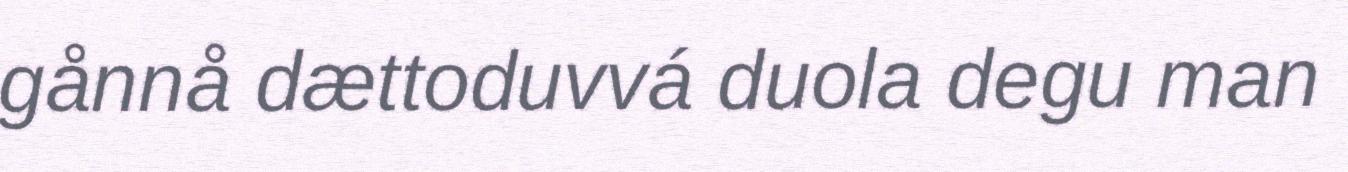
gånnå dættoduvvá duola degu man